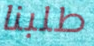
طلبنا